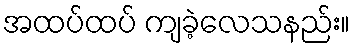
အထပ်ထပ် ကျခဲ့လေသနည်း။